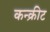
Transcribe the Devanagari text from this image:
कन्क्रीट